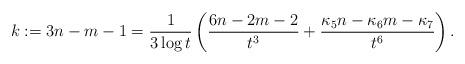
LaTeX: \begin{align*} k:=3n-m-1 = \frac{1}{3 \log t} \left( \frac{6 n-2m-2}{t^3} + \frac{ \kappa_5 n - \kappa_6m - \kappa_7}{t^6} \right).\end{align*}